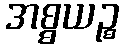
အစ္စယဉ္စ